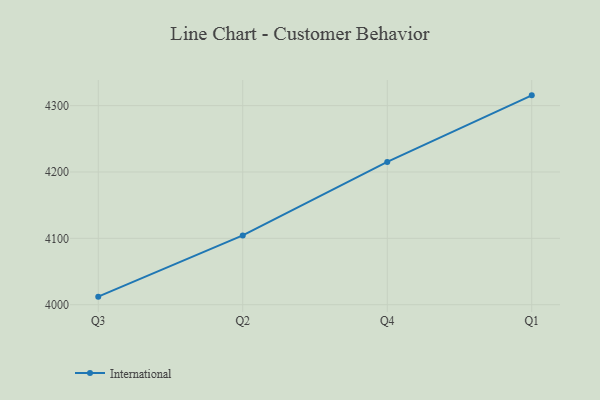
{"axis": {"x": "Quarter", "y": "Tickets Resolved"}, "legend": ["International"], "data": [{"x": "Q3", "y": 4012.1, "type": "International"}, {"x": "Q2", "y": 4104.4, "type": "International"}, {"x": "Q4", "y": 4215.2, "type": "International"}, {"x": "Q1", "y": 4315.5, "type": "International"}]}